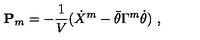
{ \bf P } _ { m } = - { \frac { 1 } { V } } ( \dot { X } ^ { m } - \bar { \theta } \Gamma ^ { m } \dot { \theta } ) \ ,